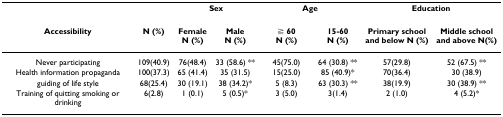
<table><thead><tr><td></td><td></td><td colspan="2"><b>Sex</b></td><td colspan="2"><b>Age</b></td><td colspan="2"><b>Education</b></td></tr><tr><td><b>Accessibility</b></td><td><b>N (%)</b></td><td><b>FemaleN (%)</b></td><td><b>MaleN (%)</b></td><td><b>≧ 60N (%)</b></td><td><b>15-60N (%)</b></td><td><b>Primary school and below N (%)</b></td><td><b>Middle school and above N(%)</b></td></tr></thead><tbody><tr><td>Never participating</td><td>109(40.9)</td><td>76(48.4)</td><td>33 (58.6) **</td><td>45(75.0)</td><td>64 (30.8) **</td><td>57(29.8)</td><td>52 (67.5) **</td></tr><tr><td>Health information propaganda</td><td>100(37.3)</td><td>65 (41.4)</td><td>35 (31.5)</td><td>15(25.0)</td><td>85 (40.9)*</td><td>70(36.4)</td><td>30 (38.9)</td></tr><tr><td>guiding of life style</td><td>68(25.4)</td><td>30 (19.1)</td><td>38 (34.2)*</td><td>5 (8.3)</td><td>63 (30.3) **</td><td>38(19.9)</td><td>30 (38.9) **</td></tr><tr><td>Training of quitting smoking or drinking</td><td>6(2.8)</td><td>1 (0.1)</td><td>5 (0.5)<sup>※</sup>*</td><td>3 (5.0)</td><td>3(1.4)<sup>※</sup></td><td>2 (1.0)</td><td>4 (5.2)<sup>※</sup>*</td></tr></tbody></table>